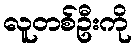
လူတစ်ဦးကို